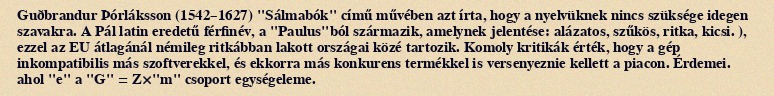
Guðbrandur Þórláksson (1542–1627) "Sálmabók" című művében azt írta, hogy a nyelvüknek nincs szüksége idegen szavakra. A Pál latin eredetű férfinév, a "Paulus"ból származik, amelynek jelentése: alázatos, szűkös, ritka, kicsi. ), ezzel az EU átlagánál némileg ritkábban lakott országai közé tartozik. Komoly kritikák érték, hogy a gép inkompatibilis más szoftverekkel, és ekkorra más konkurens termékkel is versenyeznie kellett a piacon. Érdemei. ahol "e" a "G" = Z×"m" csoport egységeleme.